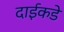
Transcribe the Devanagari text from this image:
दाईकडे